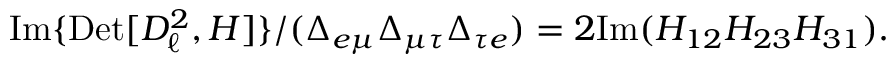
\mathrm { I m } \{ \mathrm { D e t } [ D _ { \ell } ^ { 2 } , H ] \} / ( \Delta _ { e \mu } \Delta _ { \mu \tau } \Delta _ { \tau e } ) = 2 \mathrm { I m } ( H _ { 1 2 } H _ { 2 3 } H _ { 3 1 } ) .